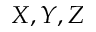
X , Y , Z